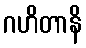
ဂဟိတာနိ